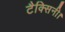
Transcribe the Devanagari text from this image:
टैक्सिनी।